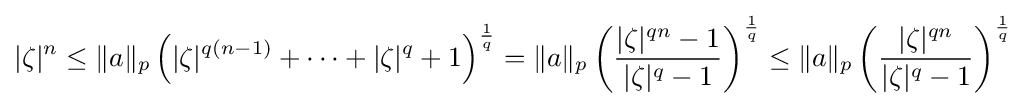
|\zeta |^{n}\leq \|a\|_{p}\left(|\zeta |^{q(n-1)}+\cdots +|\zeta |^{q}+1\right)^{\frac {1}{q}}=\|a\|_{p}\left({\frac {|\zeta |^{qn}-1}{|\zeta |^{q}-1}}\right)^{\frac {1}{q}}\leq \|a\|_{p}\left({\frac {|\zeta |^{qn}}{|\zeta |^{q}-1}}\right)^{\frac {1}{q}}